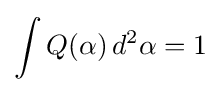
\int Q(\alpha )\,d^{2}\alpha =1